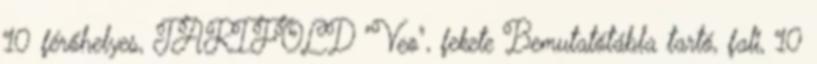
10 férőhelyes, TARIFOLD "Veo", fekete Bemutatótábla tartó, fali, 10